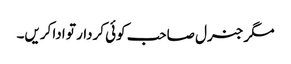
مگر جنرل صاحب کوئی کردار تو ادا کریں۔